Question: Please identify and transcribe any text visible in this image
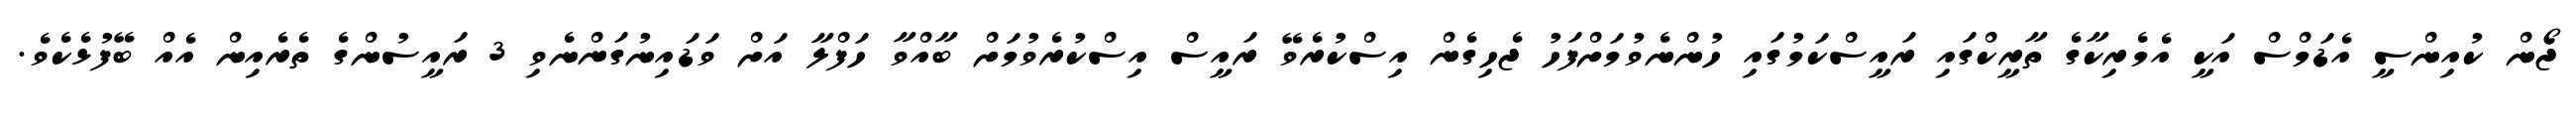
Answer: ޖޯން ކުއިންސީ އެޑަމްސް އަކީ އެމެރިކާގެ ތާރީކްގައި ރައީސްކަމުގައި ހުންނެވުމަށްފަހު ޖެހިގެން އިސްކުރެވޭ ރައީސް އިސްކުރެވުމަށް ބާއްވާ ހަފްލާ އަށް ވަޑައިނުގަންނެވި 3 ރައީސުންގެ ތެރެއިން އެއް ބޭފުޅެކެވެ.